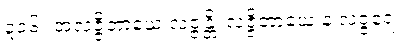
၃၁၆။ အလဇ္ဇိတာယေ လဇ္ဇန္တိ၊ လဇ္ဇိတာယေ န လဇ္ဇရေ။